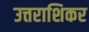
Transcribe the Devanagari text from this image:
उत्तराशिकर